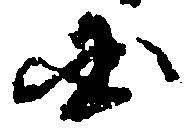
国